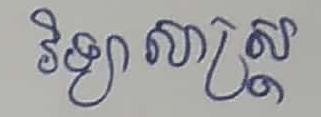
វិទ្យាសាស្ដ្រ